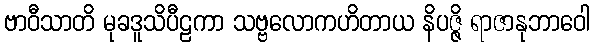
ဗာဝီသာတိ မုခဒူသိပီဠကာ သဗ္ဗလောကဟိတာယ နိပဇ္ဇိ ရာဇာနုဘာဝေါ